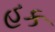
હક